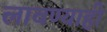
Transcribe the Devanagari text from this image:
लावण्याही